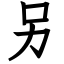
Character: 另